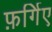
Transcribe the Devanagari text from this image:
फ़र्गिए